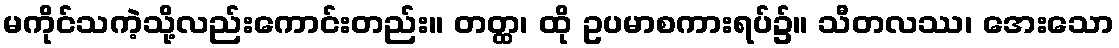
မကိုင်သကဲ့သို့လည်းကောင်းတည်း။ တတ္ထ၊ ထို ဥပမာစကားရပ်၌။ သီတလဿ၊ အေးသော